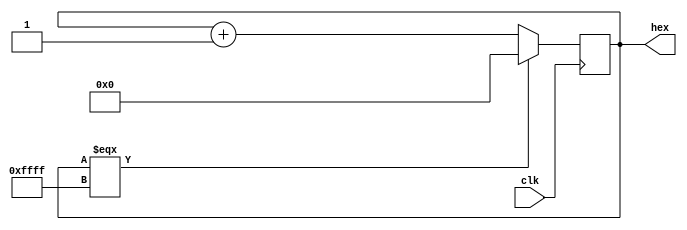
module hex_counter
(
    input clk,
    output reg [15:0] hex
);

    always @(posedge clk)
    begin
        hex <= (hex === 16'hffff) ? 16'h0 : hex + 16'h1;
    end

endmodule